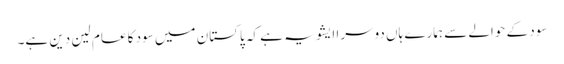
سود کے حوالے سے ہمارے ہاں دوسرا ایشو یہ ہے کہ پاکستان میں سود کا عام لین دین ہے۔